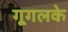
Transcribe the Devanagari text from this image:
गूगलके